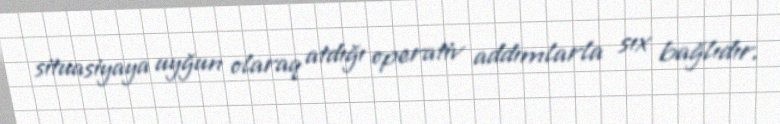
situasiyaya uyğun olaraq atdığı operativ addımlarla sıx bağlıdır.